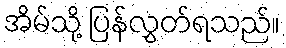
အိမ်သို့ ပြန်လွှတ်ရသည်။